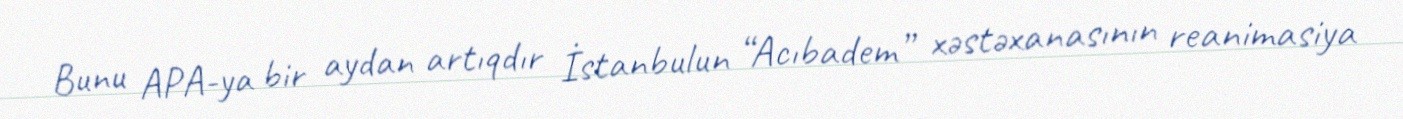
Bunu APA-ya bir aydan artıqdır İstanbulun “Acıbadem” xəstəxanasının reanimasiya